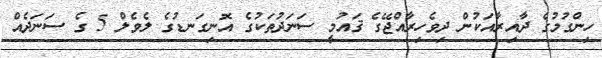
ހިންގުމުގެ ދާއިރާއަކުން ދިވެހިރާއްޖޭގެ ޤައުމީ ސަނަދުތަކުގެ އޮނިގަނޑުގެ ލެވެލް 5 ގެ ސަނަދެއް